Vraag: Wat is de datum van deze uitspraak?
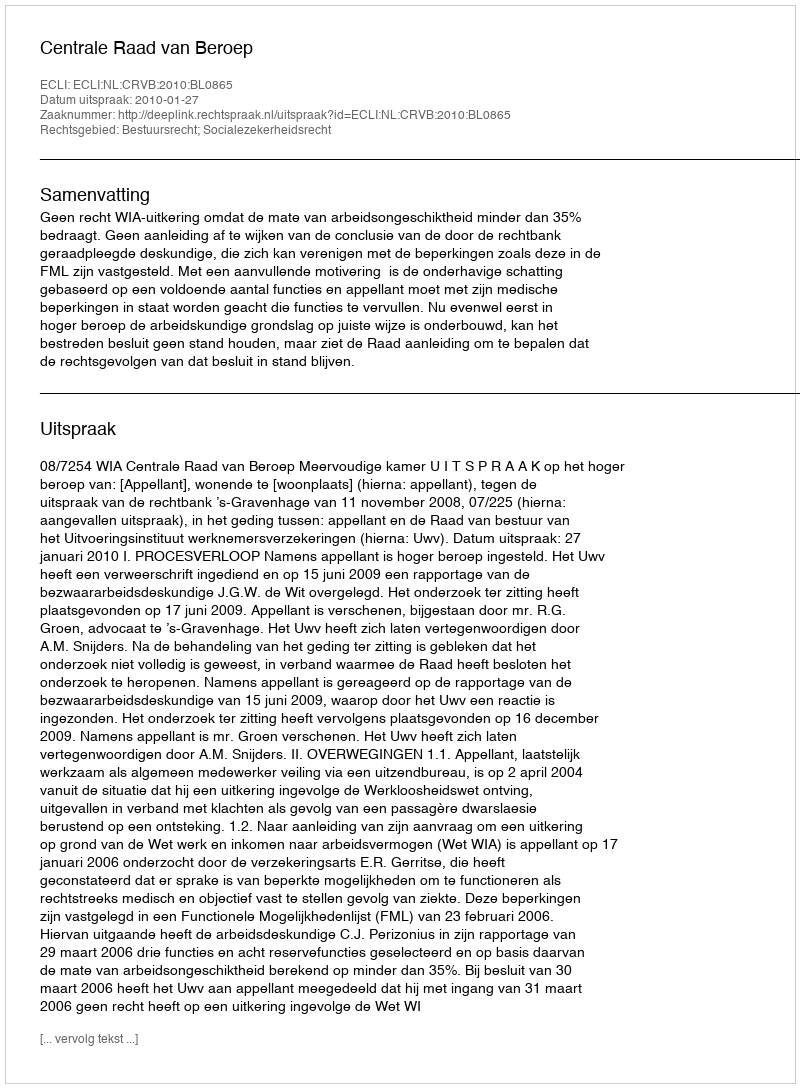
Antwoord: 2010-01-27